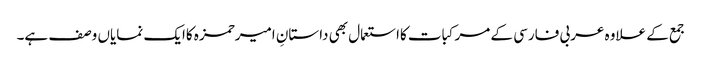
جمع کے علاوہ عربی فارسی کے مرکبات کااستعمال بھی داستانِ امیرحمزہ کاایک نمایاں وصف ہے۔